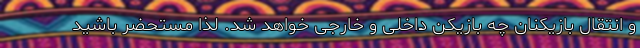
و انتقال بازیکنان چه بازیکن داخلی و خارجی خواهد شد. لذا مستحضر باشید